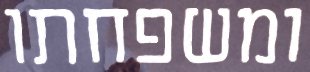
ומשפחתו